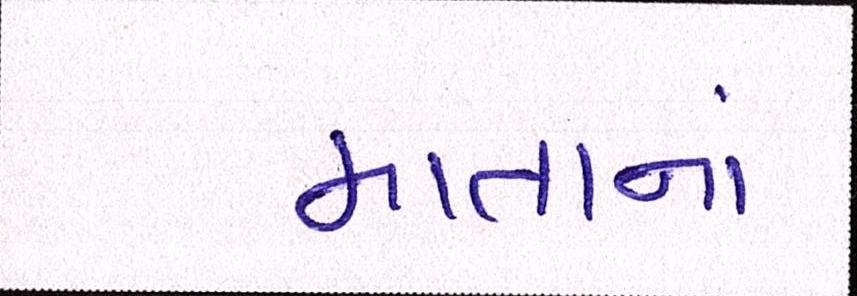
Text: માતાનાં